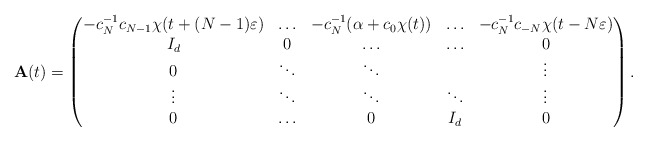
\begin{align*}\mathbf{A}(t)=\begin{pmatrix}-c_N^{-1}c_{N-1}\chi(t+(N-1)\varepsilon) & \ldots & -c_N^{-1}(\alpha+c_0\chi(t)) & \ldots & -c_N^{-1}c_{-N}\chi(t-N\varepsilon)\\I_d & 0 & \ldots & \ldots & 0\\0 & \ddots & \ddots & & \vdots\\\vdots & \ddots & \ddots & \ddots & \vdots\\0 & \ldots & 0 & I_d & 0\end{pmatrix}.\end{align*}